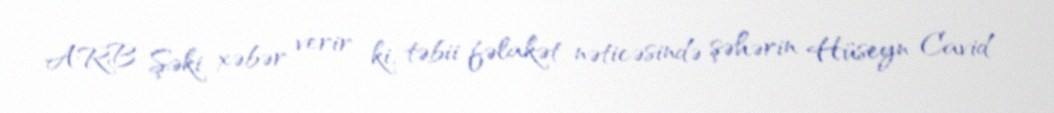
ARB Şəki xəbər verir ki, təbii fəlakət nəticəsində şəhərin Hüseyn Cavid